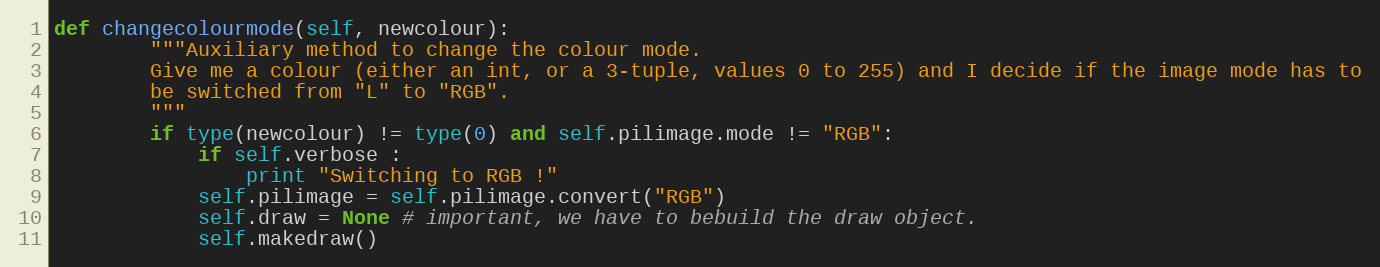
Language: Python
def changecolourmode(self, newcolour):
        """Auxiliary method to change the colour mode.
        Give me a colour (either an int, or a 3-tuple, values 0 to 255) and I decide if the image mode has to
        be switched from "L" to "RGB".
        """
        if type(newcolour) != type(0) and self.pilimage.mode != "RGB":
            if self.verbose :
                print "Switching to RGB !"
            self.pilimage = self.pilimage.convert("RGB")
            self.draw = None # important, we have to bebuild the draw object.
            self.makedraw()